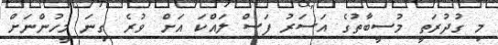
މި ގުދުރަތީ މުސީބާތުގެ އަސަރު ފަސް ލައްކަ އަށް ވުރެ ގިނަ މީހުންނަށް